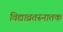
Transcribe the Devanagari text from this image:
विद्याव्रतस्नातक